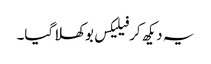
یہ دیکھ کر فیلیکس بوکھلا گیا۔